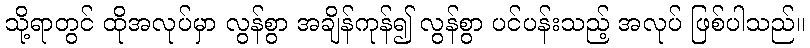
သို့ရာတွင် ထိုအလုပ်မှာ လွန်စွာ အချိန်ကုန်၍ လွန်စွာ ပင်ပန်းသည့် အလုပ် ဖြစ်ပါသည်။